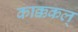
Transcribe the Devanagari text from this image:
काक्ककल्